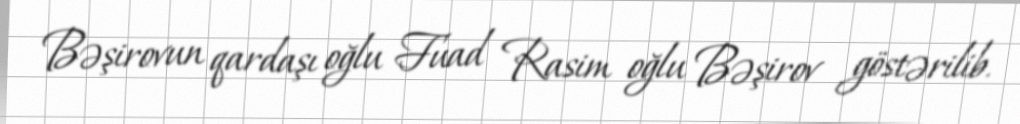
Bəşirovun qardaşı oğlu Fuad Rasim oğlu Bəşirov göstərilib.